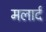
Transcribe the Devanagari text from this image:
मलार्द